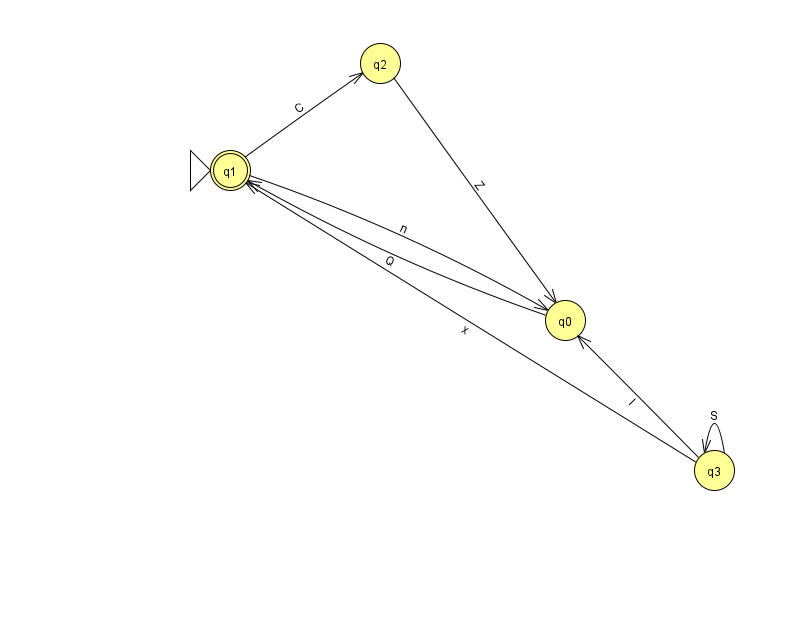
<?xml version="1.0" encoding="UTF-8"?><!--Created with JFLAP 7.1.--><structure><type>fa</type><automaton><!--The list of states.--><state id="0" name="q0"><x>565.0</x><y>307.0</y></state><state id="1" name="q1"><x>230.0</x><y>157.0</y><initial/><final/></state><state id="2" name="q2"><x>380.0</x><y>50.0</y></state><state id="3" name="q3"><x>714.0</x><y>457.0</y></state><!--The list of transitions.--><transition><from>1</from><to>2</to><read>C</read></transition><transition><from>3</from><to>3</to><read>S</read></transition><transition><from>0</from><to>1</to><read>Q</read></transition><transition><from>3</from><to>0</to><read>l</read></transition><transition><from>3</from><to>1</to><read>x</read></transition><transition><from>1</from><to>0</to><read>n</read></transition><transition><from>2</from><to>0</to><read>Z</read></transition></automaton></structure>